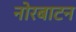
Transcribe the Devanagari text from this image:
नोरबाटन